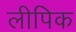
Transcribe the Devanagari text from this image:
लीपिक